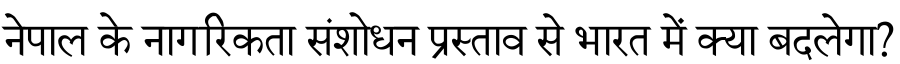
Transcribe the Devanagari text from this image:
नेपाल के नागरिकता संशोधन प्रस्ताव से भारत में क्या बदलेगा?